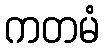
ကတမံ